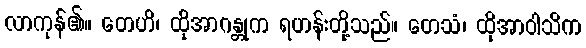
လာကုန်၏။ တေဟိ၊ ထိုအာဂန္တုက ရဟန်းတို့သည်။ တေသံ၊ ထိုအာဝါသိက